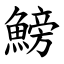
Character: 鰟